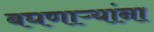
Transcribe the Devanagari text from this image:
बघणाऱ्यांना